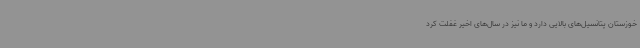
خوزستان پتانسیل‌های بالایی دارد و ما نیز در سال‌های اخیر غفلت کرد